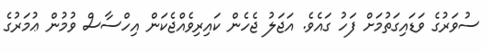
ސުވަރުގެ ވަޑައިގަތުމަށް ފަހު ގައެވެ. އަޖަލު ޖެހެން ކައިރިވެއްޖެކަން އިހްސާސް ވުމުން ޢުމަރުގެ